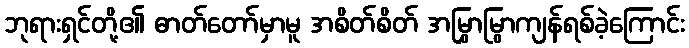
ဘုရားရှင်တို့၏ ဓာတ်တော်မှာမူ အစိတ်စိတ် အမြွှာမြွာကျန်ရစ်ခဲ့ကြောင်း